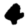
Digit: 4